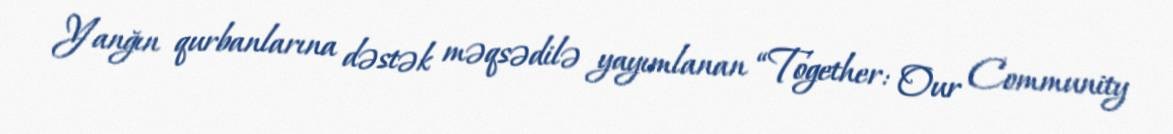
Yanğın qurbanlarına dəstək məqsədilə yayımlanan “Together: Our Community